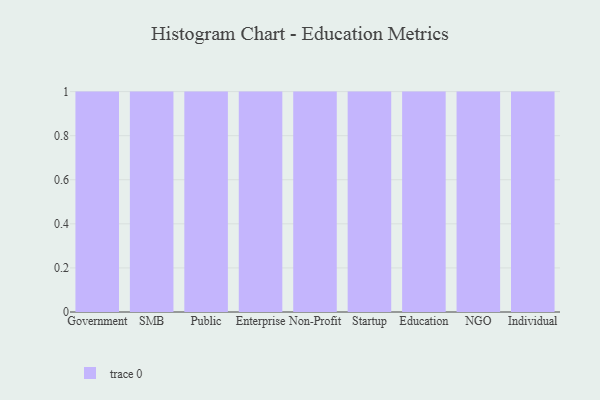
{"axis": {"x": "Segment", "y": "Revenue (USD Million)"}, "legend": [""], "data": [{"x": "Government", "y": 58, "type": ""}, {"x": "SMB", "y": 23, "type": ""}, {"x": "Public", "y": 63, "type": ""}, {"x": "Enterprise", "y": 49, "type": ""}, {"x": "Non-Profit", "y": 17, "type": ""}, {"x": "Startup", "y": 88, "type": ""}, {"x": "Education", "y": 27, "type": ""}, {"x": "NGO", "y": 30, "type": ""}, {"x": "Individual", "y": 90, "type": ""}]}